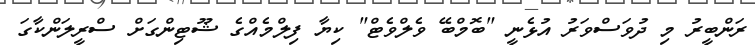
ރަންބީރު މި ދުވަސްވަރު އުޅެނީ "ބޮމްބޭ ވެލްވެޓް" ކިޔާ ފިލްމެއްގެ ޝޫޓިންގަށް ސްރީލަންކާގަ